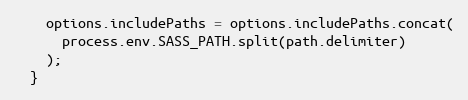
Language: JavaScript
    options.includePaths = options.includePaths.concat(
      process.env.SASS_PATH.split(path.delimiter)
    );
  }